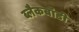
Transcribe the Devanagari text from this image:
ब्लैकबॉडी